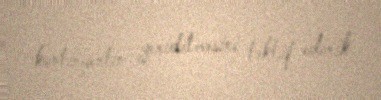
kontingentin yeridilməsini təklif edirik.